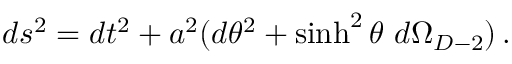
d s ^ { 2 } = d t ^ { 2 } + a ^ { 2 } ( d \theta ^ { 2 } + \sinh ^ { 2 } \theta \ d \Omega _ { D - 2 } ) \, .